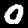
Digit: 0